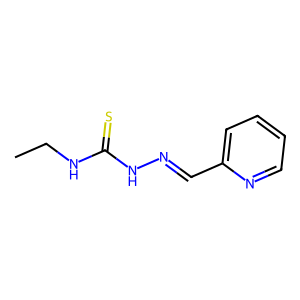
SMILES: CCNC(=S)NN=Cc1ccccn1
Inhibits HIV replication: No